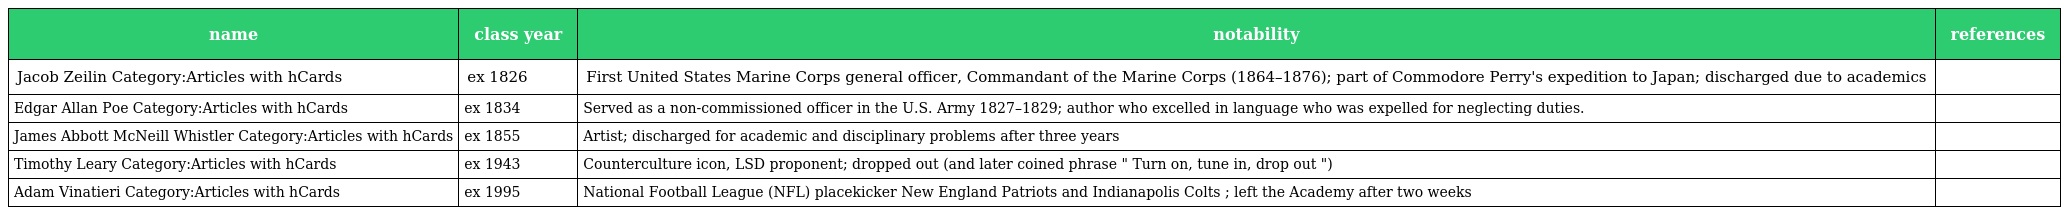
| name | class year | notability | references |
 | --- | --- | --- | --- |
 | Jacob Zeilin Category:Articles with hCards | ex 1826 | First United States Marine Corps general officer, Commandant of the Marine Corps (1864–1876); part of Commodore Perry's expedition to Japan; discharged due to academics |  |
 | Edgar Allan Poe Category:Articles with hCards | ex 1834 | Served as a non-commissioned officer in the U.S. Army 1827–1829; author who excelled in language who was expelled for neglecting duties. |  |
 | James Abbott McNeill Whistler Category:Articles with hCards | ex 1855 | Artist; discharged for academic and disciplinary problems after three years |  |
 | Timothy Leary Category:Articles with hCards | ex 1943 | Counterculture icon, LSD proponent; dropped out (and later coined phrase " Turn on, tune in, drop out ") |  |
 | Adam Vinatieri Category:Articles with hCards | ex 1995 | National Football League (NFL) placekicker New England Patriots and Indianapolis Colts ; left the Academy after two weeks |  |